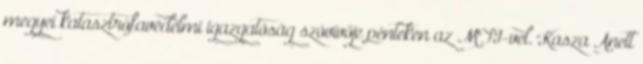
megyei katasztrófavédelmi igazgatóság szóvivője pénteken az MTI-vel. Kasza Anett